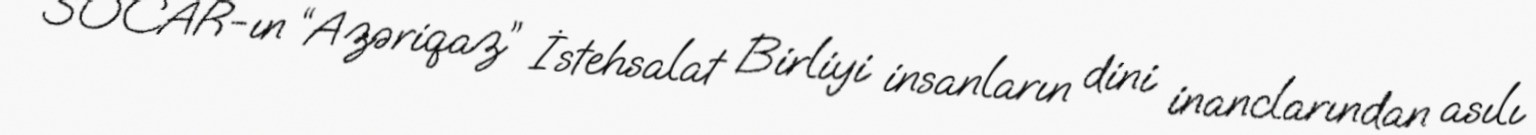
SOCAR-ın “Azəriqaz” İstehsalat Birliyi insanların dini inanclarından asılı